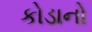
કોડાનો